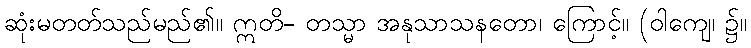
ဆုံးမတတ်သည်မည်၏။ ဣတိ- တသ္မာ အနုသာသနတော၊ ကြောင့်။ (ဝါကျေ၊ ၌။